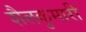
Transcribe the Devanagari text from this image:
शैलकुमारी